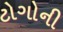
ટોગોની